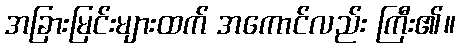
အခြားမြင်းများထက် အကောင်လည်း ကြီး၏။